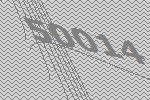
50014